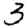
Digit: 3